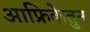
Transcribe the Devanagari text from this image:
आफ्रिकेतुन